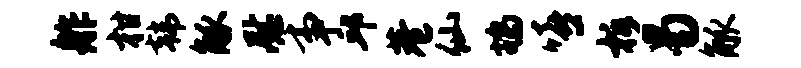
舴柑韩觚慰事邱巷仙鸪嘻柝曷觚